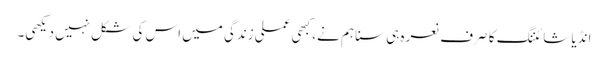
انڈیا شائننگ کا صرف نعرہ ہی سنا ہم نے، کبھی عملی زندگی میں اس کی شکل نہیں دیکھی۔